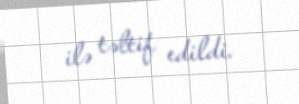
ilə təltif edildi.